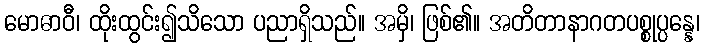
မောဓာဝီ၊ ထိုးထွင်း၍သိသော ပညာရှိသည်။ အမှိ၊ ဖြစ်၏။ အတိတာနာဂတပစ္စုပ္ပန္နေ၊